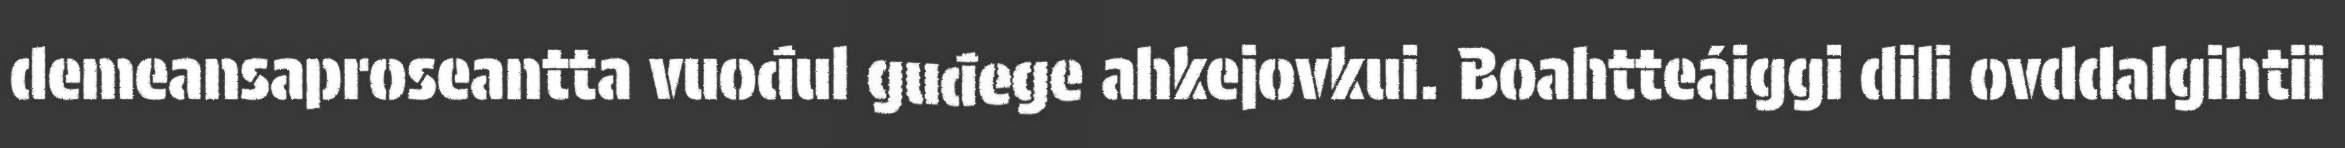
demeansaproseantta vuođul guđege ahkejovkui. Boahtteáiggi dili ovddalgihtii